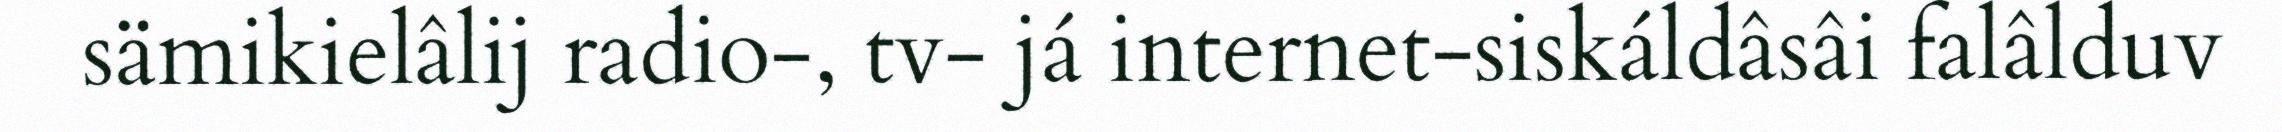
sämikielâlij radio-, tv- já internet-siskáldâsâi falâlduv